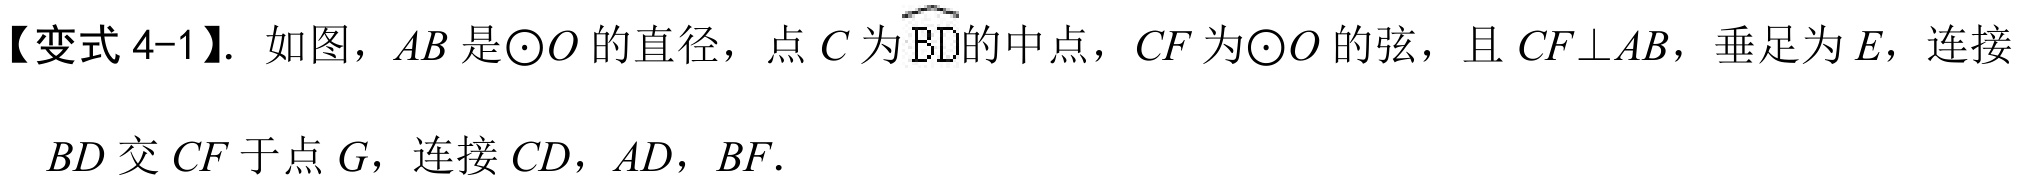
【变式 4-1】. 如图，\(AB\) 是\(\odot O\) 的直径，点 \(C\) 为\(\overset{\frown}{BD}\)的中点，\(CF\) 为\(\odot O\) 的弦，且 \(CF\perp AB\)，垂足为 \(E\)，连接
\(BD\) 交 \(CF\) 于点 \(G\)，连接 \(CD\)，\(AD\)，\(BF\).